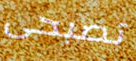
تصبحى